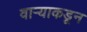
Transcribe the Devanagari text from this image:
वाऱ्याकडून